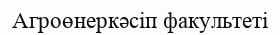
Агроөнеркәсіп факультеті